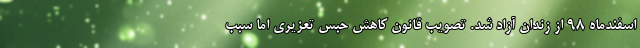
اسفندماه ۹۸ از زندان آزاد شد. تصویب قانون کاهش حبس تعزیری اما سبب